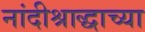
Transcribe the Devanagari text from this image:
नांदीश्राद्धाच्या